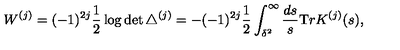
W ^ { ( j ) } = ( - 1 ) ^ { 2 j } \frac 1 2 \log \det \triangle ^ { ( j ) } = - ( - 1 ) ^ { 2 j } \frac 1 2 \int _ { \delta ^ { 2 } } ^ { \infty } { \frac { d s } { s } } { \mathrm { T } r } K ^ { ( j ) } ( s ) ,